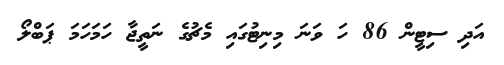
އަދި ސިޓީން 86 ހަ ވަނަ މިނިޓުގައި މެޗުގެ ނަތީޖާ ހަމަހަމަ ޕަބްލޯ